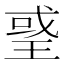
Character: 𤦒